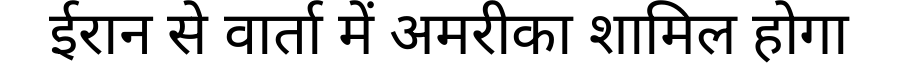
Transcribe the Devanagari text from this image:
ईरान से वार्ता में अमरीका शामिल होगा